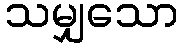
သမျှသော